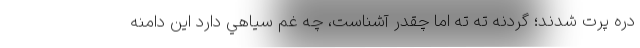
دره پرت شدند؛ گردنه ته تِه اما چقدر آشناست، چه غم سياهي دارد اين دامنه